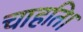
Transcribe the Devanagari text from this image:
चाहति।